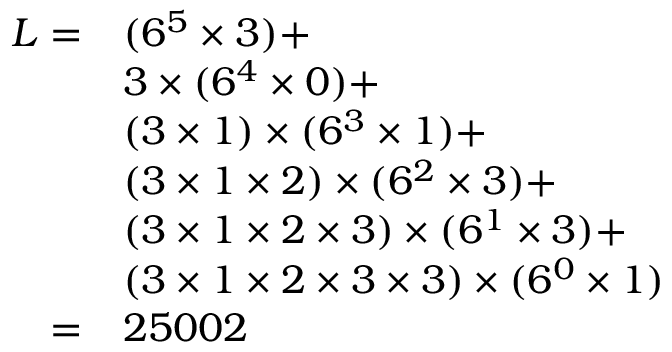
{ \begin{array} { r l } { L = } & { ( 6 ^ { 5 } \times 3 ) + } \\ & { 3 \times ( 6 ^ { 4 } \times 0 ) + } \\ & { ( 3 \times 1 ) \times ( 6 ^ { 3 } \times 1 ) + } \\ & { ( 3 \times 1 \times 2 ) \times ( 6 ^ { 2 } \times 3 ) + } \\ & { ( 3 \times 1 \times 2 \times 3 ) \times ( 6 ^ { 1 } \times 3 ) + } \\ & { ( 3 \times 1 \times 2 \times 3 \times 3 ) \times ( 6 ^ { 0 } \times 1 ) } \\ { = } & { 2 5 0 0 2 } \end{array} }